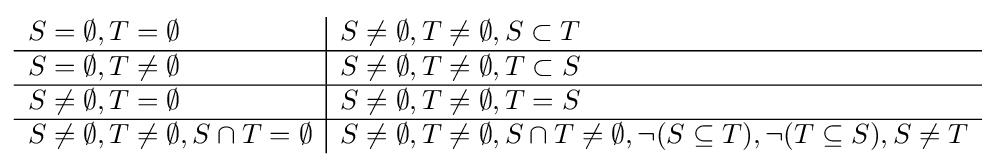
{\begin{array}{l|l}S=\emptyset ,T=\emptyset &S\neq \emptyset ,T\neq \emptyset ,S\subset T\\\hline S=\emptyset ,T\neq \emptyset &S\neq \emptyset ,T\neq \emptyset ,T\subset S\\\hline S\neq \emptyset ,T=\emptyset &S\neq \emptyset ,T\neq \emptyset ,T=S\\\hline S\neq \emptyset ,T\neq \emptyset ,S\cap T=\emptyset &S\neq \emptyset ,T\neq \emptyset ,S\cap T\neq \emptyset ,\lnot (S\subseteq T),\lnot (T\subseteq S),S\neq T\end{array}}